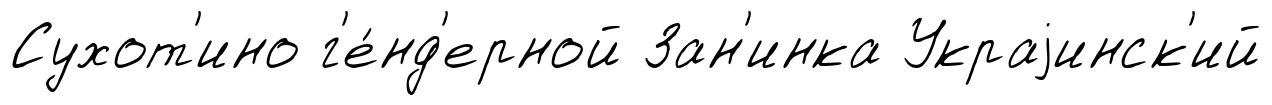
Сухот'ино г'е́нд'ерной Зан'инка Украjинск'ий